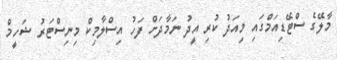
މާލޭގެ ސްޓޭޑިއަމްގައި މިއަދު ކުރި އީދު ނަމާދަށް ފަހު އިސްލާމިކް މިނިސްޓަރު ޝަހީމް